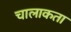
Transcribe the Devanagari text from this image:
चालाकता